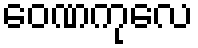
ဝေဏကုလေ